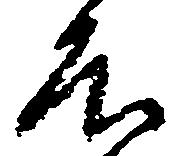
殿